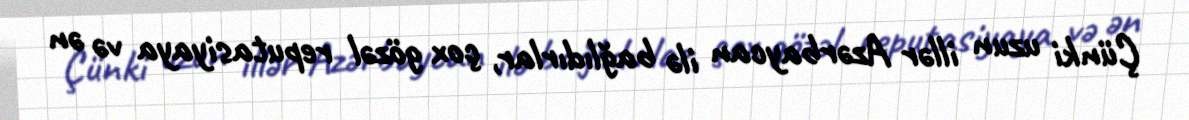
Çünki uzun illər Azərbaycan ilə bağlıdırlar, çox gözəl reputasiyaya və ən